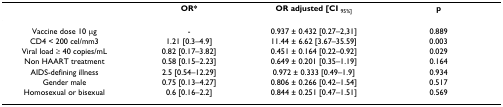
|  | OR* | OR adjusted [CI 95%] | p |
 | --- | --- | --- | --- |
 | Vaccine dose 10 μg | - | 0.937 ± 0.432 [0.27–2,31] | 0.889 |
 | CD4 < 200 cel/mm3 | 1.21 [0.3–4.9] | 11.44 ± 6.62 [3.67–35.59] | 0.003 |
 | Viral load ≥ 40 copies/mL | 0.82 [0.17–3.82] | 0.451 ± 0.164 [0.22–0.92] | 0.029 |
 | Non HAART treatment | 0.58 [0.15–2.23] | 0.649 ± 0.201 [0.35–1.19] | 0.164 |
 | AIDS-defining illness | 2.5 [0.54–12.29] | 0.972 ± 0.333 [0.49–1.9] | 0.934 |
 | Gender male | 0.75 [0.13–4.27] | 0.806 ± 0.266 [0.42–1.54] | 0.517 |
 | Homosexual or bisexual | 0.6 [0.16–2.2] | 0.844 ± 0.251 [0.47–1.51] | 0.569 |